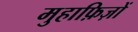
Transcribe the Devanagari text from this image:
मुहाफ़िज़ों